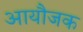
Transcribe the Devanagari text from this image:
आयौजक